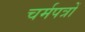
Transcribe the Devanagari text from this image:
चर्मपत्रों